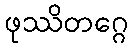
ဖုဿိတဂ္ဂေ